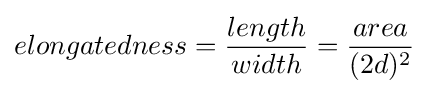
elongatedness={\frac {length}{width}}={\frac {area}{(2d)^{2}}}